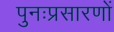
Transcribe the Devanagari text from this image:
पुनःप्रसारणों